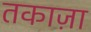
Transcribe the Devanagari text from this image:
तकाज़ा